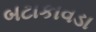
બટાકાવડા